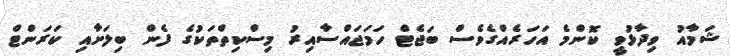
ޝަމާއު ވިދާޅުވީ ކޮންމެ އަހަރެއްގެވެސް ބަޖެޓް ހަމަޖައްސާއިރު މިސްކިތްތަކުގެ ފެން ބިލަށާއި ކަރަންޓް